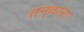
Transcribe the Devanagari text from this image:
तन्वाना